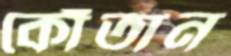
কোঁতান